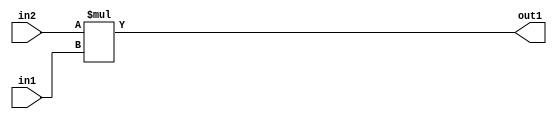
`timescale 1ps / 1ps
/*****************************************************************************
    Verilog RTL Description
    
    
    Created by: Stratus DpOpt 21.05.01 
*******************************************************************************/

module SobelFilter_Mul_32Ux24U_33U_4 (
	in2,
	in1,
	out1
	); /* architecture "behavioural" */ 
input [31:0] in2;
input [23:0] in1;
output [32:0] out1;
wire [32:0] asc001;

assign asc001 = 
	+(in2 * in1);

assign out1 = asc001;
endmodule

/* CADENCE  ubH2TQg= : u9/ySxbfrwZIxEzHVQQV8Q== ** DO NOT EDIT THIS LINE ******/